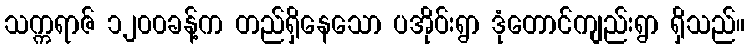
သက္ကရာဇ် ၁၂၀၀ခန့်က တည်ရှိနေသော ပအိုဝ်းရွာ ဒုံတောင်ကျည်းရွာ ရှိသည်။